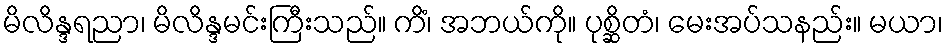
မိလိန္ဒရညာ၊ မိလိန္ဒမင်းကြီးသည်။ ကိံ၊ အဘယ်ကို။ ပုစ္ဆိတံ၊ မေးအပ်သနည်း။ မယာ၊